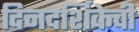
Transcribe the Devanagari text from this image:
दिनदर्शिकेची